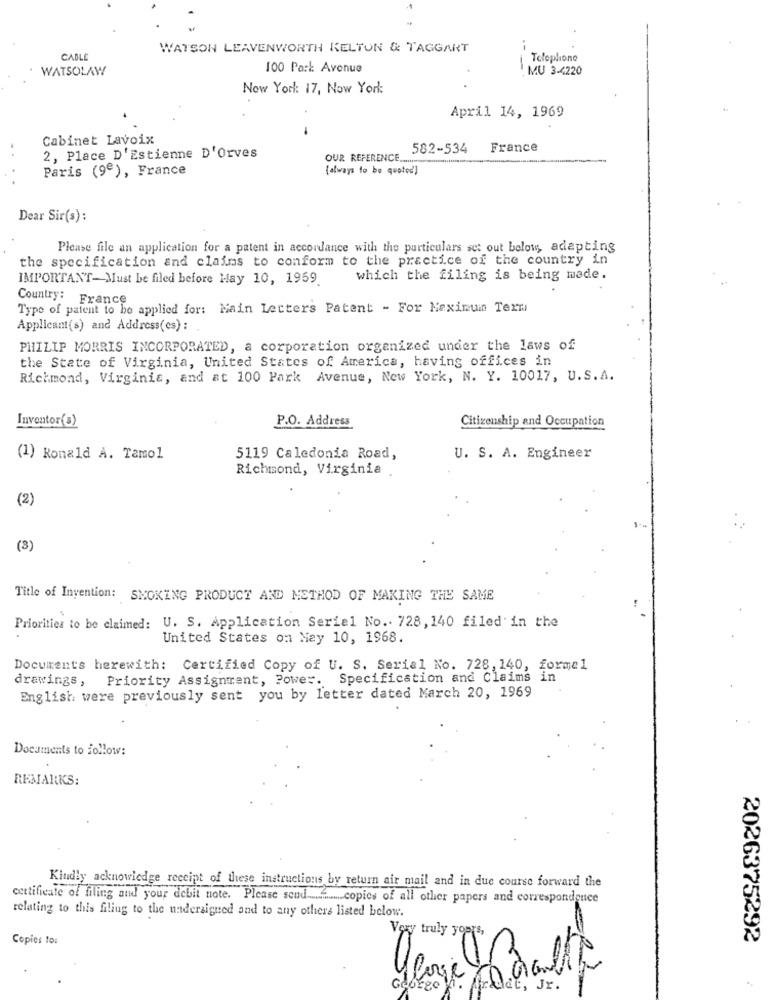
WATSON LEAVENWORTH KELTON & TAGGART
CABLE
Telophone
WATSOLAW
100 Park Avenue
MU 3-4220
Now York: 17, Now York:
April 14, 1969
Cabinet Lavoix
582-534
France
2, Place D'Estienne D'Orves
OUR REFERENCE ..
Paris (9e), France
[always to be quoted]
Dear Sir(s):
Please file an application for a patent in accordance with the particulars set out below, adapting
the specification and claims to conform to the practice of the country in
IMPORTANT-Must be filed before May 10, 1959.
which the filing is being made.
Country: France
Type of patent to be applied for: Main Letters Patent - For Maximum Terr
Applicant(s) and Address(es) :
PHILIP MORRIS INCORPORATED, a corporation organized under the laws of
the State of Virginia, United States of America, having offices in
Richmond, Virginia, and at 100 Park Avenue, New York, N. Y. 10017, U.S.A.
Inventor(s)
P.O. Address
Citizenship and Occupation
(1) Ronald A. Tamol
5119 Caledonia Road,
U. S. A. Engineer
Richmond, Virginia
3 .
(2)
(3)
Title of Invention: SMOKING PRODUCT AND METHOD OF MAKING THE SAME
Priorities to be claimed: U. S. Application Serial No .. 728, 140 filed in the
United States on May 10, 1968.
Documents herewith: Certified Copy of U. S. Serial No. 728, 140, formel
drawings, Priority Assignment, Power. Specification and Claims in
English were previously sent you by letter dated March 20, 1969
Documents to Follow:
REMARKS:
Kindly acknowledge receipt of these instructions by return air mail and in due course forward the
certificate of filing and your debit note. Please send 2 copies of all other papers and correspondence
relating to this filing to the undersigned and to any others listed below.
Very truly yours,
Copies to:
2026375292
2
fredt, Jr.